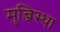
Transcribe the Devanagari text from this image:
मुन्जिस्था